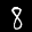
Label: 8